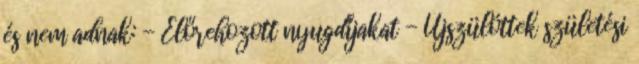
és nem adnak: - Előrehozott nyugdíjakat - Újszülöttek születési